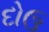
દોઉ